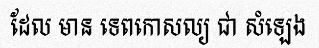
ដែល មាន ទេពកោសល្យ ជា សំឡេង